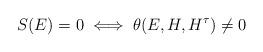
LaTeX: \begin{align*}S(E)=0 \iff \theta(E,H,H^\tau) \neq 0\end{align*}